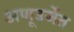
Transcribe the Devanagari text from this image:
अणूउर्जेत